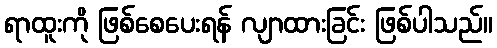
ရာထူးကို ဖြစ်စေပေးရန် လျာထားခြင်း ဖြစ်ပါသည်။